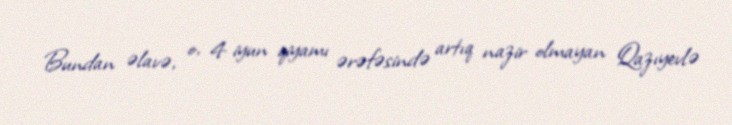
Bundan əlavə, o, 4 iyun qiyamı ərəfəsində artıq nazir olmayan Qazıyevlə